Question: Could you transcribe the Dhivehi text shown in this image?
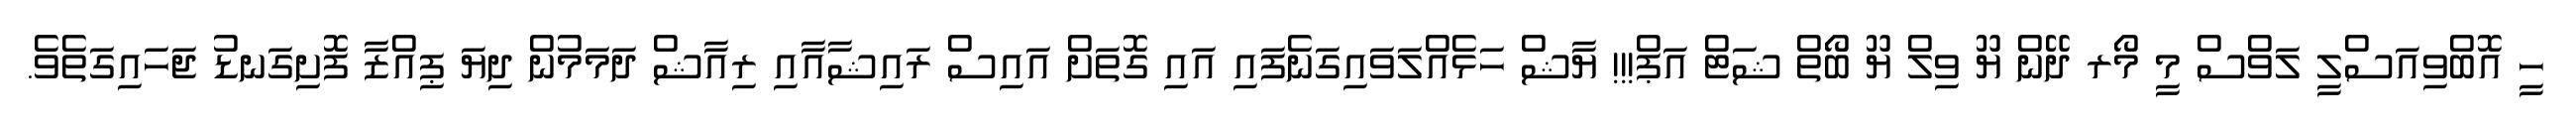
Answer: ހީ އޮބްވިއަސްލީ ލަވްސް މީ މޯރ ދޭން ޔޫ ވިލް ޔޫ ބޯތް ޝަޓް އަޕް!!! ޔާޝް ހަޅެއްލަވައިގަނެފައި އައި ގޮތަށް އައިސް ރައިޝާއާއި ރިއާޝް ދަމަމުން ދިޔަ ޕިއްޒާ ފޮށިގަނޑު ޖަހައިގަތެވެ.